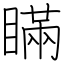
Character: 瞞